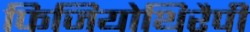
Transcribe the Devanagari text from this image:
फिजियोथिरैपी